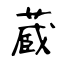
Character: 蔵